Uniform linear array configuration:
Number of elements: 12
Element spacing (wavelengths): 0.75
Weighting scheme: kaiser
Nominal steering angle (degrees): -45
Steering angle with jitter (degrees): -44.013
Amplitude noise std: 0.05
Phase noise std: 0.05

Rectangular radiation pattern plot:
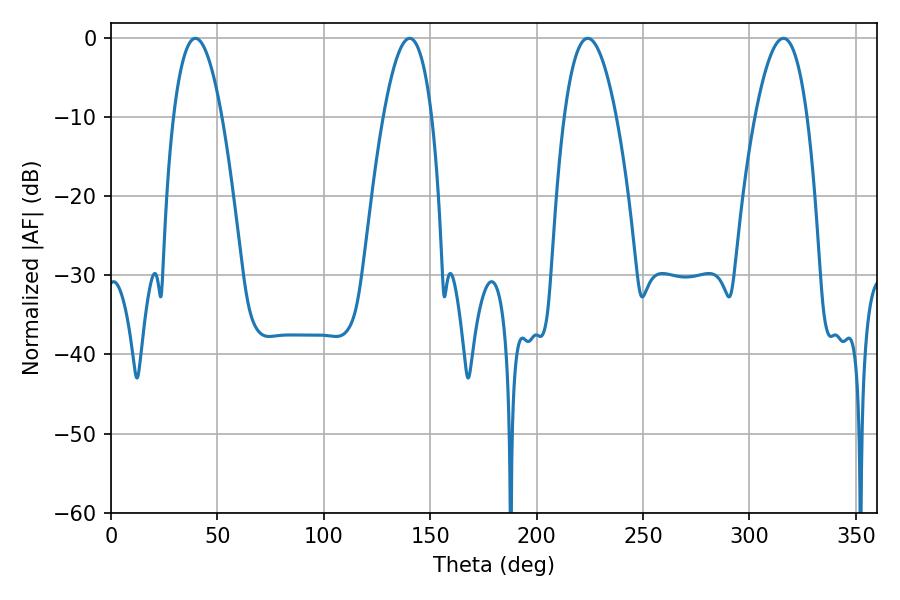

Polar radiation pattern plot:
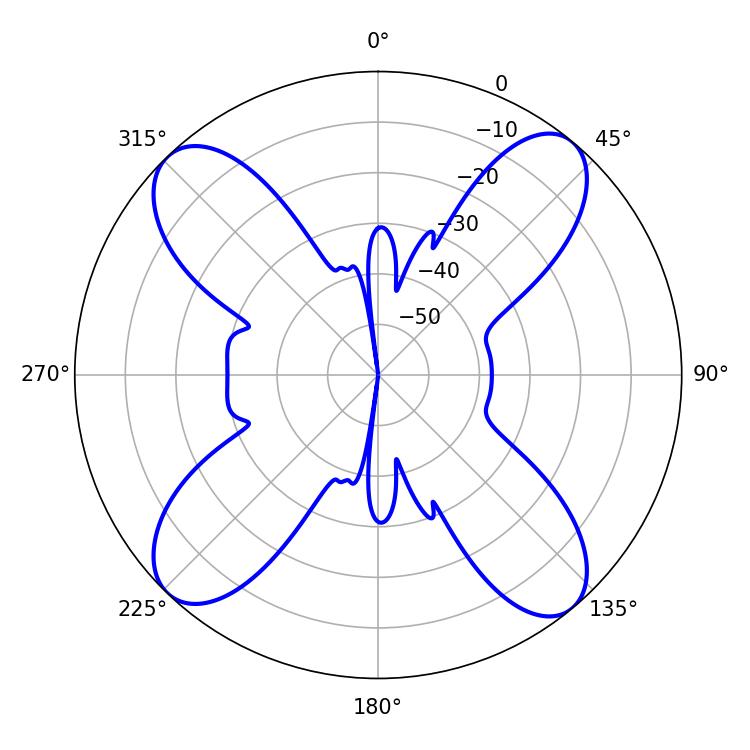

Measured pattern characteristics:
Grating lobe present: TRUE
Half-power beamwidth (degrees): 12.6
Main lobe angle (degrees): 39.6